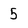
Character: 5